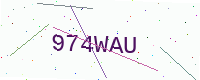
Text: 974WAU